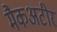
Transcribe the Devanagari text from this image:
मैकअटीर